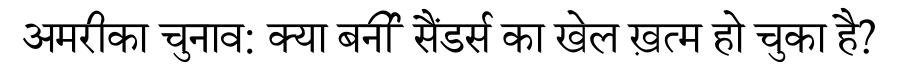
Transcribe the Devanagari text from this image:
अमरीका चुनाव: क्या बर्नी सैंडर्स का खेल ख़त्म हो चुका है?